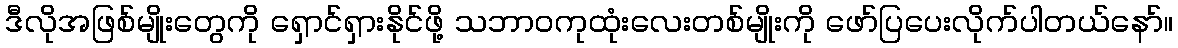
ဒီလိုအဖြစ်မျိုးတွေကို ရှောင်ရှားနိုင်ဖို့ သဘာဝကုထုံးလေးတစ်မျိုးကို ဖော်ပြပေးလိုက်ပါတယ်နော်။